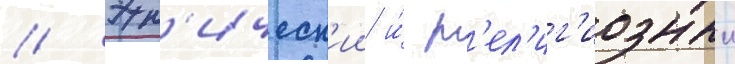
// Этн'ическ'ии и́ р'ел'иг'иозныи